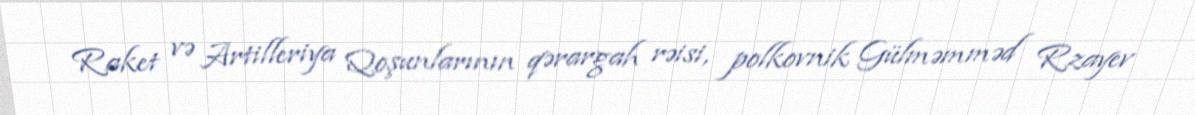
Raket və Artilleriya Qoşunlarının qərargah rəisi, polkovnik Gülməmməd Rzayev